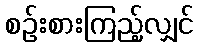
စဉ်းစားကြည့်လျှင်